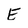
Character: E